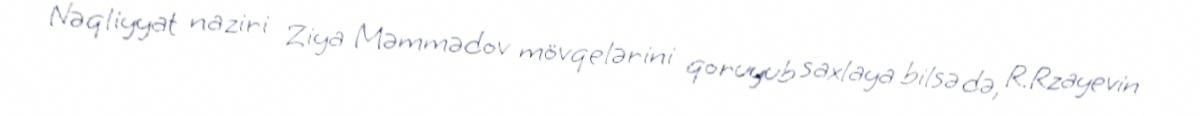
Nəqliyyat naziri Ziya Məmmədov mövqelərini qoruyub saxlaya bilsə də, R.Rzayevin